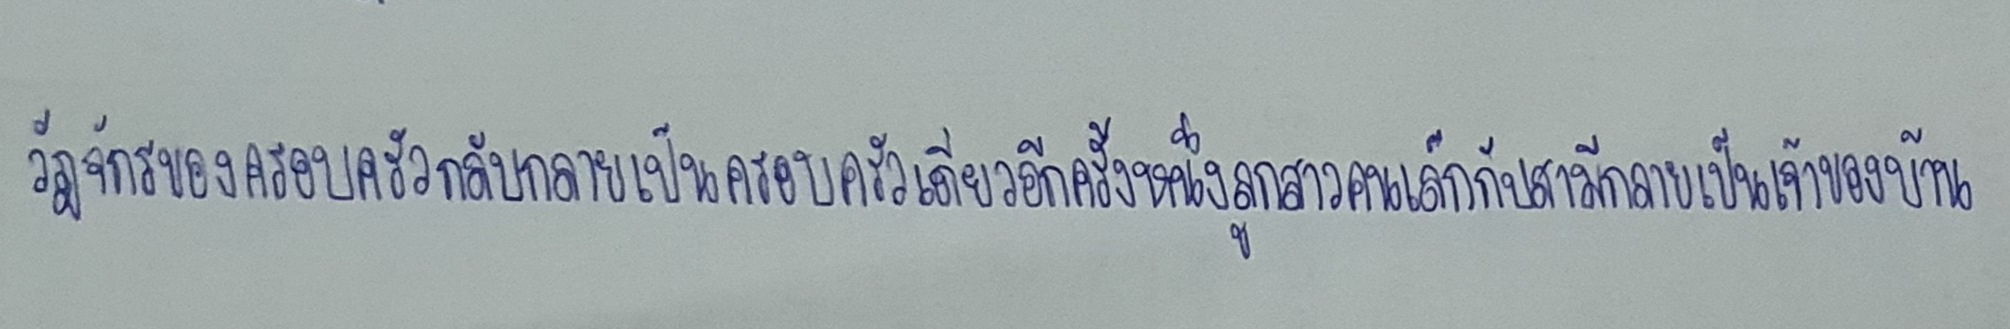
วัฎจักรของครอบครัวกลับกลายเป็นครอบครัวเดี่ยวอีกครั้งหนึ่งลูกสาวคนเล็กกับสามีกลายเป็นเจ้าของบ้าน